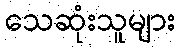
သေဆုံးသူများ